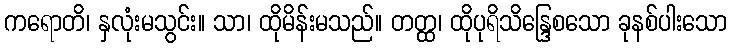
ကရောတိ၊ နှလုံးမသွင်း။ သာ၊ ထိုမိန်းမသည်။ တတ္ထ၊ ထိုပုရိသိန္ဒြေစသော ခုနစ်ပါးသော